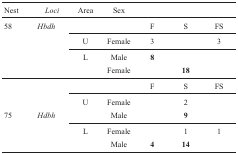
| Nest | Loci | Area | Sex |  |  |  |
 | --- | --- | --- | --- | --- | --- | --- |
 | 58 | Hbdh |  |  | F | S | FS |
 |  |  | U | Female | 3 |  | 3 |
 |  |  | L | Male | 8 |  |  |
 |  |  |  | Female |  | 18 |  |
 |  |  |  |  | F | S | FS |
 |  |  | U | Female |  | 2 |  |
 | 75 | Hdbh |  | Male |  | 9 |  |
 |  |  | L | Female |  | 1 | 1 |
 |  |  |  | Male | 4 | 14 |  |